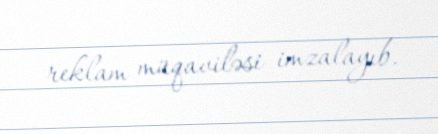
reklam müqaviləsi imzalayıb.